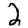
Digit: 2